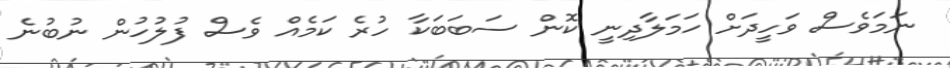
ނަމަވެސް ވަހީދަށް ހަމަލާދިނީ ކޮން ސަބަބަކާ ހުރެ ކަމެއް ވެސް ފުލުހުން ނުބުނެ